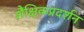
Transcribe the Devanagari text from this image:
शैक्षिकप्रदर्शन